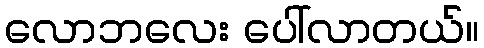
လောဘလေး ပေါ်လာတယ်။